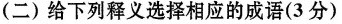
(二)给下列释义选择相应的成语(3分)